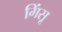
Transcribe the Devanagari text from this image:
गिंसू